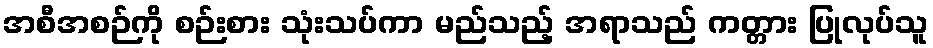
အစီအစဉ်ကို စဉ်းစား သုံးသပ်ကာ မည်သည့် အရာသည် ကတ္တား ပြုလုပ်သူ